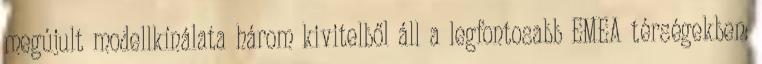
megújult modellkínálata három kivitelből áll a legfontosabb EMEA térségekben: